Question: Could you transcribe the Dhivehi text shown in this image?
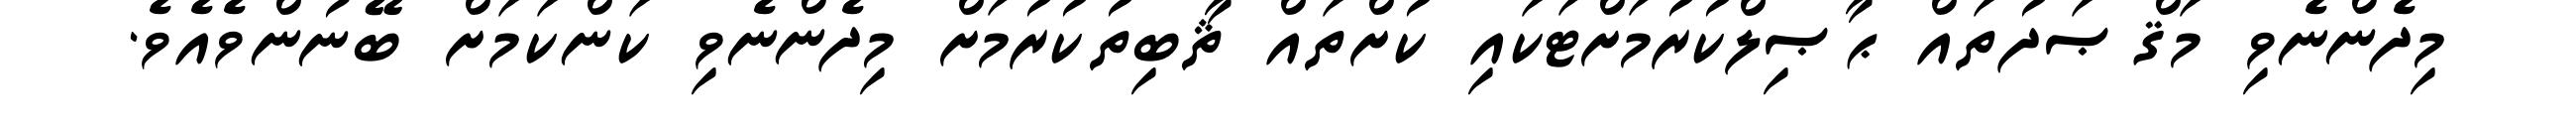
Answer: މިދެންނެވި މަޤްޞަދުތައް ޙާޞިލްކުރުމަށްޓަކައި ކުށްތައް ޘާބިތުކުރުމަށް މިދެންނެވި ކަންކަމަށް ބޭނުންވެއެވެ.